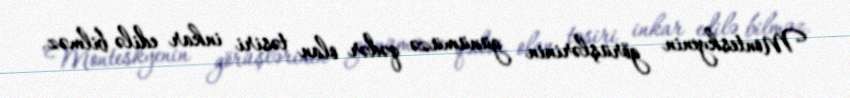
Monteskyenin görüşlərinin günümüzə qədər olan təsiri inkar edilə bilməz.